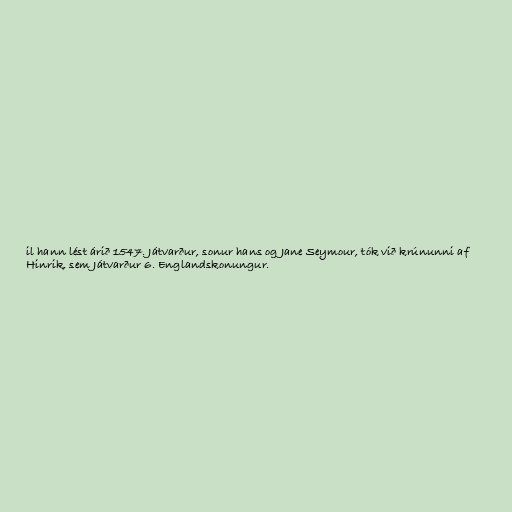
il hann lést árið 1547. Játvarður, sonur hans og Jane Seymour, tók við krúnunni af
Hinrik, sem Játvarður 6. Englandskonungur.